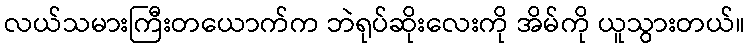
လယ်သမားကြီးတယောက်က ဘဲရုပ်ဆိုးလေးကို အိမ်ကို ယူသွားတယ်။